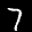
Label: 7